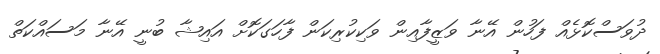
ދުވަސްކޮޅެއް ފަހުން އޭނާ ވަޒީފާއިން ވަކިކުރިކަން ފާހަގަކޮށް އައިޝާ ބުނީ އޭނާ މަސައްކަތް